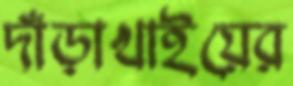
দাঁড়াখাইয়ের